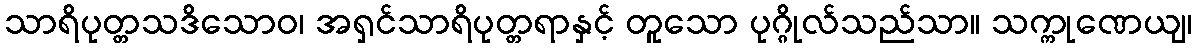
သာရိပုတ္တသဒိသောဝ၊ အရှင်သာရိပုတ္တရာနှင့် တူသော ပုဂ္ဂိုလ်သည်သာ။ သက္ကုဏေယျ၊